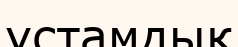
ұстамдық